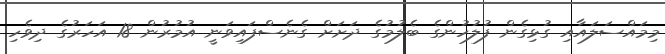
މިމައްސަލައާއި ގުޅިގެން ފުލުހުންގެ ބެލުމުގެ ދަށަށް ގެނެސްފައިވަނީ އުމުރުން 18 އަހަރުގެ ދިވެހި